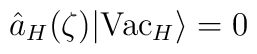
\hat a_H(\zeta)\vert {\rm Vac }_H\rangle =0